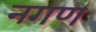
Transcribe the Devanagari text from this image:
नगण